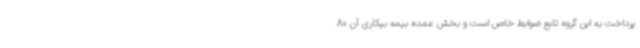
پرداخت به این گروه تابع ضوابط خاص است و بخش عمده بیمه بیکاری آن 80